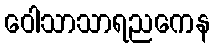
ဝေါသာသာရညကေန